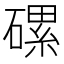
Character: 磥